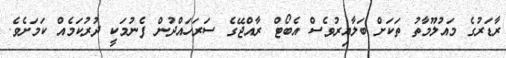
ރާޑަރުގެ މައުލޫމާތު ތަކަށް ބަލާއިރުވެސް އެބޯޓް ރާއްޖޭގެ ސަރަހައްދުން ފެނުމަކީ ދުރުކަމެއް ކަމަށެވެ.